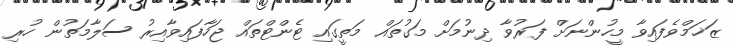
ޒަޚަމްވެފައިވާ މީހުންނަށް ފަރުވާ ދިނުމަށް މަގުތައް މަތީގައި ޓެންޓްތައް ޖަހާފައިވާއިރު ސަލާމަތުން ހުރި